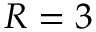
R = 3